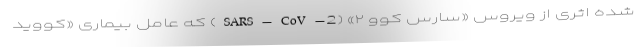
شده اثری از ویروس «سارس کوو ۲» (SARS-CoV-2) که عامل بیماری «کووید